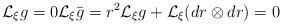
\begin{align*}\mathcal L_\xi g=0 \mathcal L_\xi \bar g=r^2\mathcal L_\xi g+\mathcal L_\xi(dr\otimes dr)=0\end{align*}